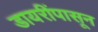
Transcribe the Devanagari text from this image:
डायरींपासून